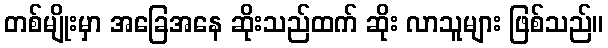
တစ်မျိုးမှာ အခြေအနေ ဆိုးသည်ထက် ဆိုး လာသူများ ဖြစ်သည်။